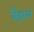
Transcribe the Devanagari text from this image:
बैंड्रास